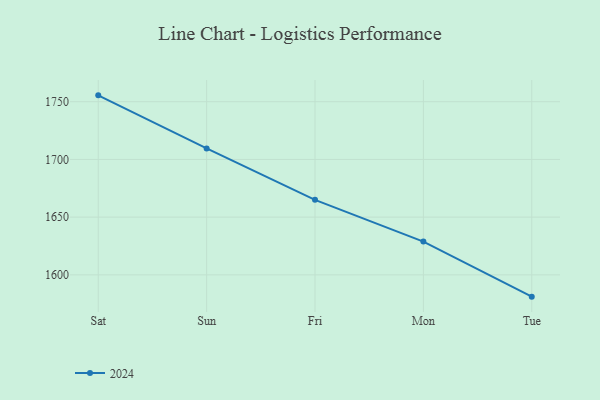
{"axis": {"x": "Day", "y": "LTV (USD)"}, "legend": ["2024"], "data": [{"x": "Sat", "y": 1755.5, "type": "2024"}, {"x": "Sun", "y": 1709.5, "type": "2024"}, {"x": "Fri", "y": 1665.0, "type": "2024"}, {"x": "Mon", "y": 1628.8, "type": "2024"}, {"x": "Tue", "y": 1581.1, "type": "2024"}]}